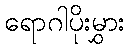
ရောဂါပိုးမွှား